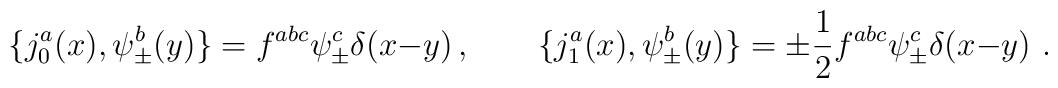
\{ j^a_0 (x) , \psi^b_\pm (y) \} = f^{abc} \psi_\pm^c \delta(x{-}y)\, , \qquad\{ j^a_1 (x) , \psi^b_\pm (y) \} = \pm {1 \over 2} f^{abc} \psi_\pm^c \delta(x{-}y) \ .